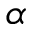
\alpha